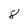
Character: 8